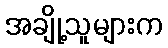
အချို့သူများက